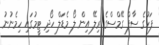
ފަހުގެ ސާފް ގޭމްސްގެ ރިލޭ އިން ލޯ މެޑަލް ހޯދި ޓީމުގައި ހިމެނުނު